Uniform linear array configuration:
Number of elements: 64
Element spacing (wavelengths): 0.5
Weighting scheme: exponential
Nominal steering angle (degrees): -15
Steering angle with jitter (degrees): -15.031
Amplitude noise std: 0.05
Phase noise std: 0.05

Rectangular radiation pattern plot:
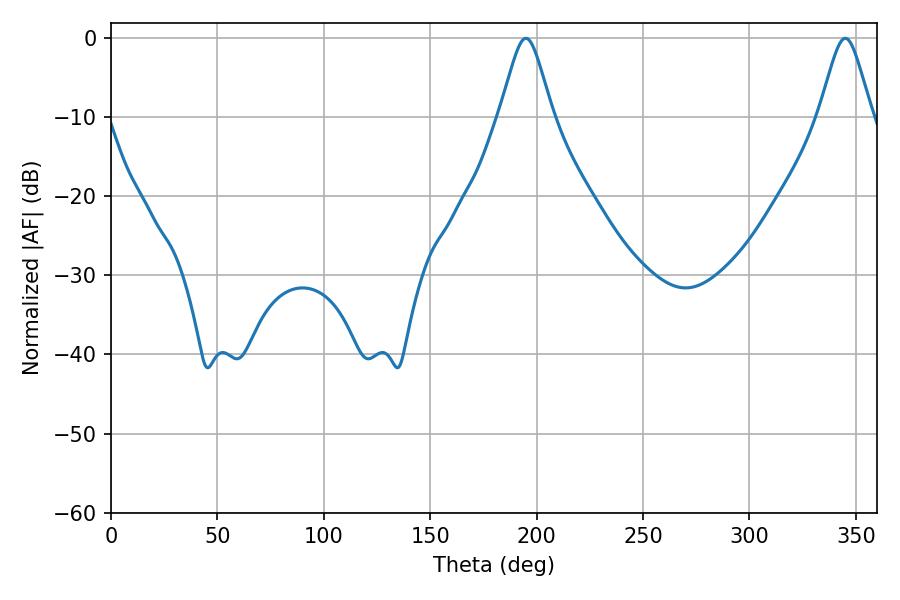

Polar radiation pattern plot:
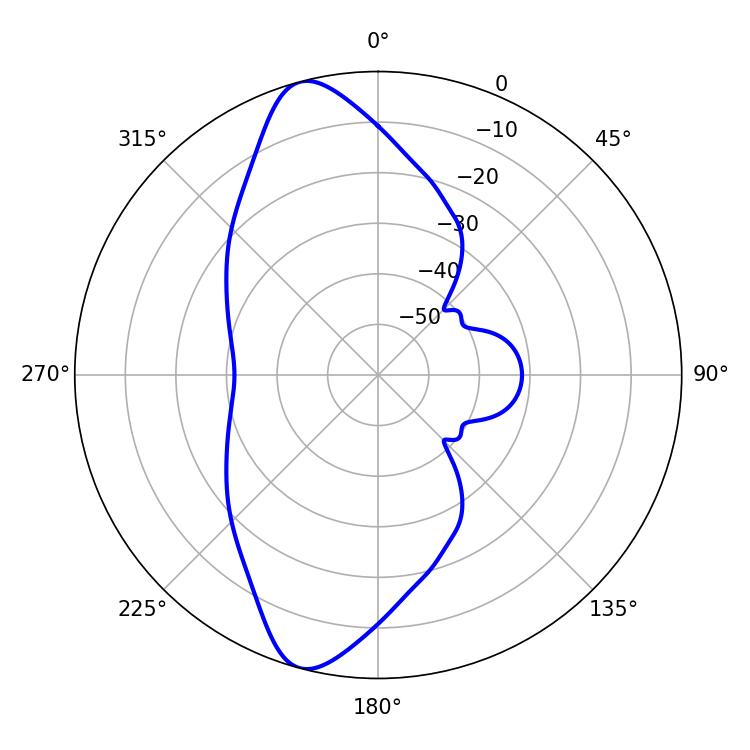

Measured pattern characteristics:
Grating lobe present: FALSE
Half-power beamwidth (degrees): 11.88
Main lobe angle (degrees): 345.06